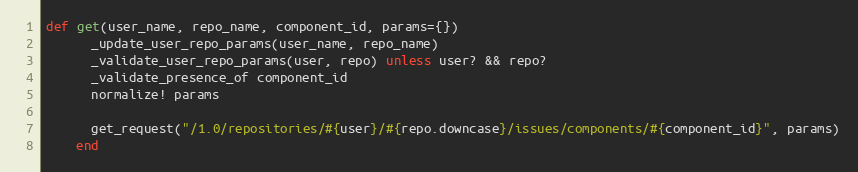
Language: Ruby
def get(user_name, repo_name, component_id, params={})
      _update_user_repo_params(user_name, repo_name)
      _validate_user_repo_params(user, repo) unless user? && repo?
      _validate_presence_of component_id
      normalize! params

      get_request("/1.0/repositories/#{user}/#{repo.downcase}/issues/components/#{component_id}", params)
    end